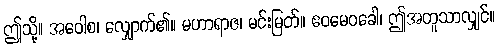
ဤသို့။ အဝေါစ၊ လျှောက်၏။ မဟာရာဇ၊ မင်းမြတ်။ ဧဝမေဝခေါ၊ ဤအတူသာလျှင်။